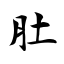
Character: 肚